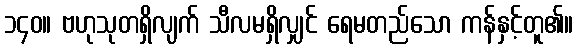
၁၄၀။ ဗဟုသုတရှိလျက် သီလမရှိလျှင် ရေမတည်သော ကန်နှင့်တူ၏။